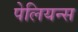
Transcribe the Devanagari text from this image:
पेलियन्स